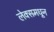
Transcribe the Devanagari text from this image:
लेक्समधून